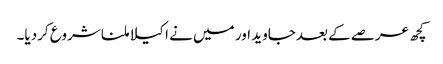
کچھ عرصے کے بعدجاوید اور میں نے ا کیلا ملنا شروع کردیا۔